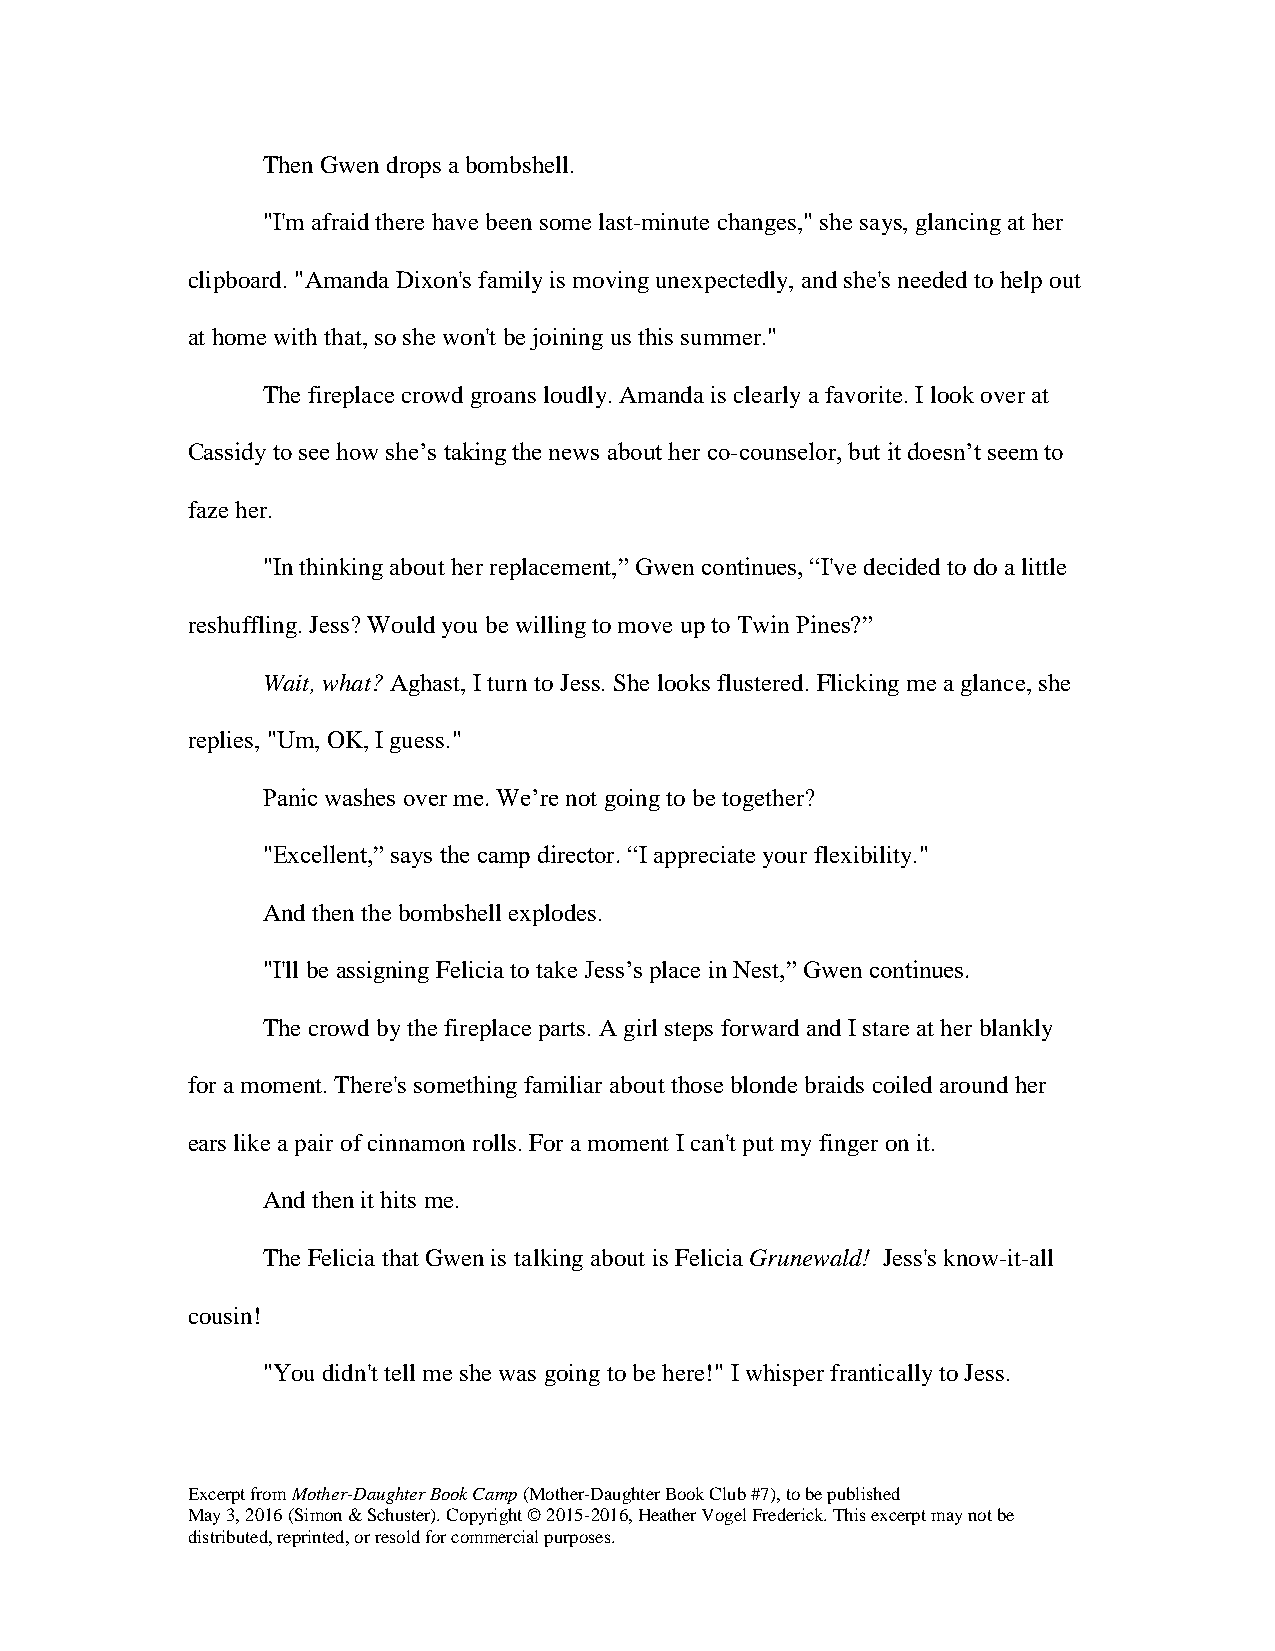
Then Gwen drops a bombshell.
 "I'm afraid there have been some last-minute changes," she says, glancing at her
 clipboard. "Amanda Dixon's family is moving unexpectedly, and she's needed to help out
 at home with that, so she won't be joining us this summer."
 The fireplace crowd groans loudly. Amanda is clearly a favorite. I look over at
 Cassidy to see how she’s taking the news about her co-counselor, but it doesn’t seem to
 faze her.
 "In thinking about her replacement,” Gwen continues, “I've decided to do a little
 reshuffling. Jess? Would you be willing to move up to Twin Pines?”
 Wait, what? Aghast, I turn to Jess. She looks flustered. Flicking me a glance, she
 replies, "Um, OK, I guess."
 Panic washes over me. We’re not going to be together?
 "Excellent,” says the camp director. “I appreciate your flexibility."
 And then the bombshell explodes.
 "I'll be assigning Felicia to take Jess’s place in Nest,” Gwen continues.
 The crowd by the fireplace parts. A girl steps forward and I stare at her blankly
 for a moment. There's something familiar about those blonde braids coiled around her
 ears like a pair of cinnamon rolls. For a moment I can't put my finger on it.
 And then it hits me.
 The Felicia that Gwen is talking about is Felicia Grunewald! Jess's know-it-all
 cousin!
 "You didn't tell me she was going to be here!" I whisper frantically to Jess.
 Excerpt from Mother-Daughter Book Camp (Mother-Daughter Book Club #7), to be published
 May 3, 2016 (Simon & Schuster). Copyright © 2015-2016, Heather Vogel Frederick. This excerpt may not be
 distributed, reprinted, or resold for commercial purposes.